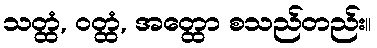
သတ္ထံ, ဝတ္ထံ, အတ္ထော စသည်တည်း။